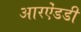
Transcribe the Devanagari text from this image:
आरऐंडडी